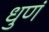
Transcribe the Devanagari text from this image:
धुणं